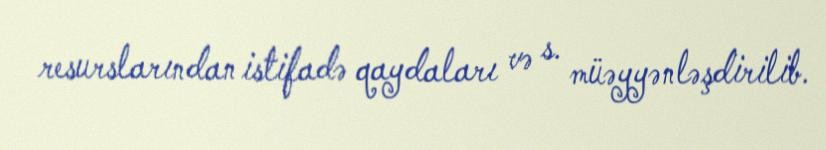
resurslarından istifadə qaydaları və s. müəyyənləşdirilib.